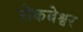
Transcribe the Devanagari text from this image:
रोकबेश्वर